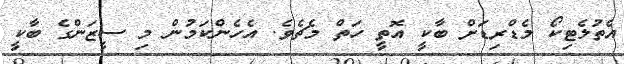
އެތުލެޓިކޯ މެޑްރިޑަށް ބާކީ އޮތީ ހަތް މެޗެވެ. އެހެންކަމުން މި ސީޒަންގެ ބާކީ